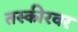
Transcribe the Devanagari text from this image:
तस्कीरवर